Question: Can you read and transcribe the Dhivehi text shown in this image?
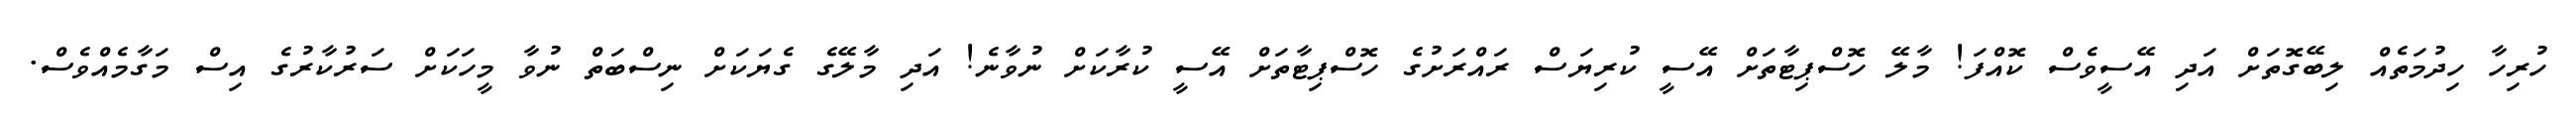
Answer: ހުރިހާ ހިދުމަތެއް ލިބޭގޮތަށް އަދި އޭސީވެސް ކޮއްފަ! މާލޭ ހޮސްޕިޓާތަށް އޭސީ ކުރިޔަސް ރައްރަށުގެ ހޮސްޕިޓާތަށް އޭސީ ކުރާކަށް ނުވާނެ! އަދި މާލޭގެ ގެޔަކަށް ނިސްބަތް ނުވާ މީހަކަށް ސަރުކާރުގެ އިސް މަގާމެއްވެސް.